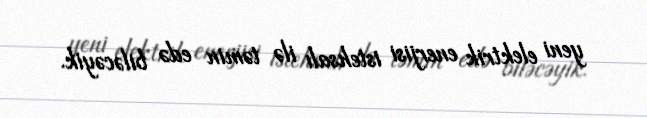
yeni elektrik enerjisi istehsalı ilə təmin edə biləcəyik.